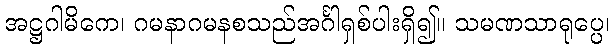
အဋ္ဌဂါမိကေ၊ ဂမနာဂမနစသည်အင်္ဂါရှစ်ပါးရှိ၍။ သမဏသာရုပ္ပေ၊